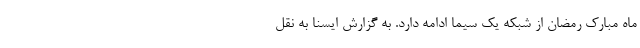
ماه مبارک رمضان از شبکه یک سیما ادامه دارد. به گزارش ایسنا به نقل